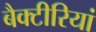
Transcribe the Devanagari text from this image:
बैक्टीरियां